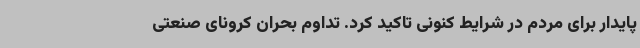
پایدار برای مردم در شرایط کنونی تاکید کرد. تداوم بحران کرونای صنعتی